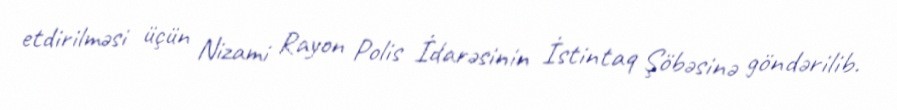
etdirilməsi üçün Nizami Rayon Polis İdarəsinin İstintaq Şöbəsinə göndərilib.